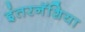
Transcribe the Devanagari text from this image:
इंतरनॅशिया